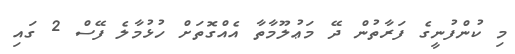
މި ކުންފުނީގެ ފަރާތުން ދޭ މަޢުލޫމާތާ އެއްގޮތަށް ހުޅުމާލެ ފޭސް 2 ގައި